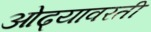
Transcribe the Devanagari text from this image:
ओढ्यावरती